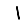
Digit: 1